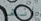
انها